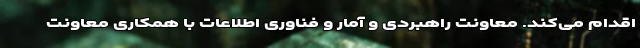
اقدام می‌کند. معاونت راهبردی و آمار و فناوری اطلاعات با همکاری معاونت